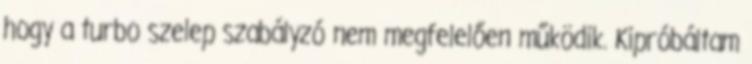
hogy a turbo szelep szabályzó nem megfelelően működik. Kipróbáltam